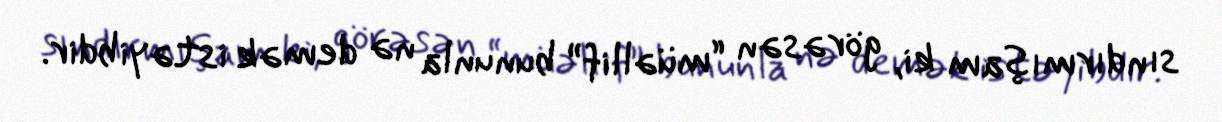
sındırmışam ki, görəsən “müəllif” bununla nə demək istəyibdir.